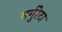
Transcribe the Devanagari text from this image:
मर्गुरेटा